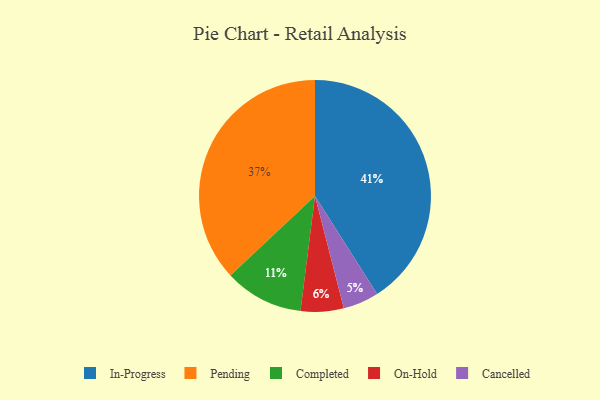
{"axis": {"x": "Category", "y": "Percentage"}, "legend": ["Cancelled", "Completed", "In-Progress", "On-Hold", "Pending"], "data": [{"x": "On-Hold", "y": 6, "type": "On-Hold"}, {"x": "Pending", "y": 37, "type": "Pending"}, {"x": "In-Progress", "y": 41, "type": "In-Progress"}, {"x": "Completed", "y": 11, "type": "Completed"}, {"x": "Cancelled", "y": 5, "type": "Cancelled"}]}